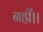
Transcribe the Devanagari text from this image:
नहीं।।